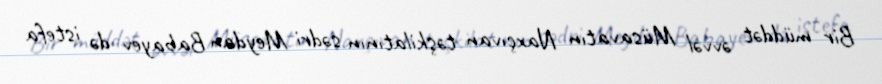
Bir müddət əvvəl Müsavatın Naxçıvan təşkilatının sədri Meydan Babayev də istefa